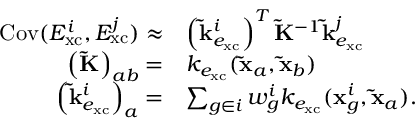
\begin{array} { r l } { \mathrm { C o v } ( E _ { \mathrm { x c } } ^ { i } , E _ { \mathrm { x c } } ^ { j } ) \approx } & { \left( \mathbf { \tilde { k } } _ { e _ { \mathrm { x c } } } ^ { i } \right) ^ { T } \mathbf { \widetilde { K } } ^ { - 1 } \mathbf { \tilde { k } } _ { e _ { \mathrm { x c } } } ^ { j } } \\ { \left( \mathbf { \widetilde { K } } \right) _ { a b } = } & { k _ { e _ { \mathrm { x c } } } ( \mathbf { \tilde { x } } _ { a } , \mathbf { \tilde { x } } _ { b } ) } \\ { \left( \mathbf { \tilde { k } } _ { e _ { \mathrm { x c } } } ^ { i } \right) _ { a } = } & { \sum _ { g \in i } w _ { g } ^ { i } k _ { e _ { \mathrm { x c } } } ( \mathbf { x } _ { g } ^ { i } , \mathbf { \tilde { x } } _ { a } ) . } \end{array}